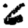
Digit: 6